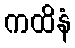
ကထိနံ